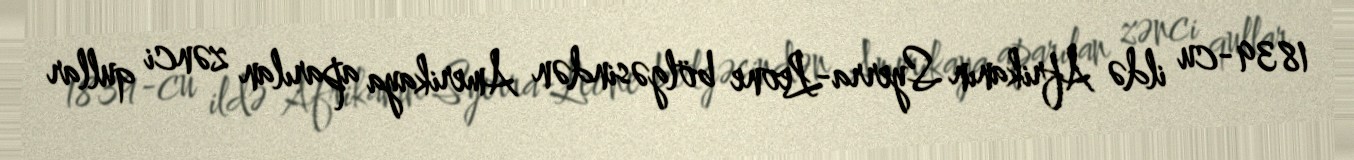
1839-cu ildə Afrikanın Syerra-Leone bölgəsindən Amerikaya aparılan zənci qullar